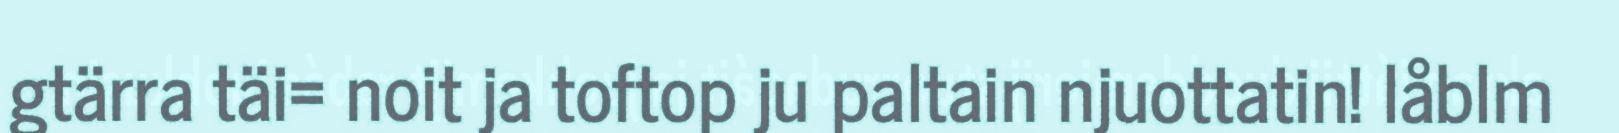
gtärra täi= noit ja toftop ju paltain njuottatin! låblm